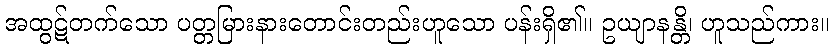
အထွဋ်တက်သော ပတ္တမြားနားတောင်းတည်းဟူသော ပန်းရှိ၏။ ဥယျာနန္တိ၊ ဟူသည်ကား။